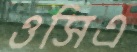
ওসিএ